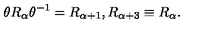
\theta R _ { \alpha } \theta ^ { - 1 } = R _ { \alpha + 1 } , R _ { \alpha + 3 } \equiv R _ { \alpha } .